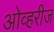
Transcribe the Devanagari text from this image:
ओव्हरीज